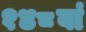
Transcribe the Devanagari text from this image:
१४८वां